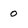
Character: 0